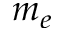
m _ { e }